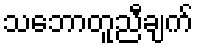
သဘောတူညီချက်